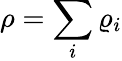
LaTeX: \rho=\sum_{i}\varrho_{i}